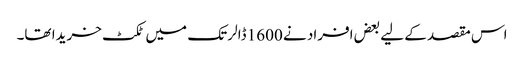
اس مقصد کے لیے بعض افراد نے 1600 ڈالر تک میں ٹکٹ خریدا تھا۔